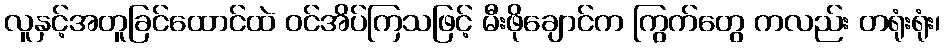
လူနှင့်အတူခြင်ထောင်ထဲ ဝင်အိပ်ကြသဖြင့် မီးဖိုချောင်က ကြွက်တွေ ကလည်း တရုံးရုံး၊